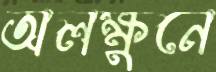
অলক্ষুনে